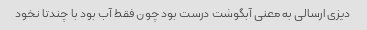
دیزی ارسالی به معنی آبگوشت درست بود چون فقط آب بود با چندتا نخود